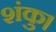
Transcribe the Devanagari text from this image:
शंकु।